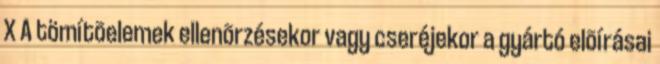
X A tömítõelemek ellenõrzésekor vagy cseréjekor a gyártó elõírásai